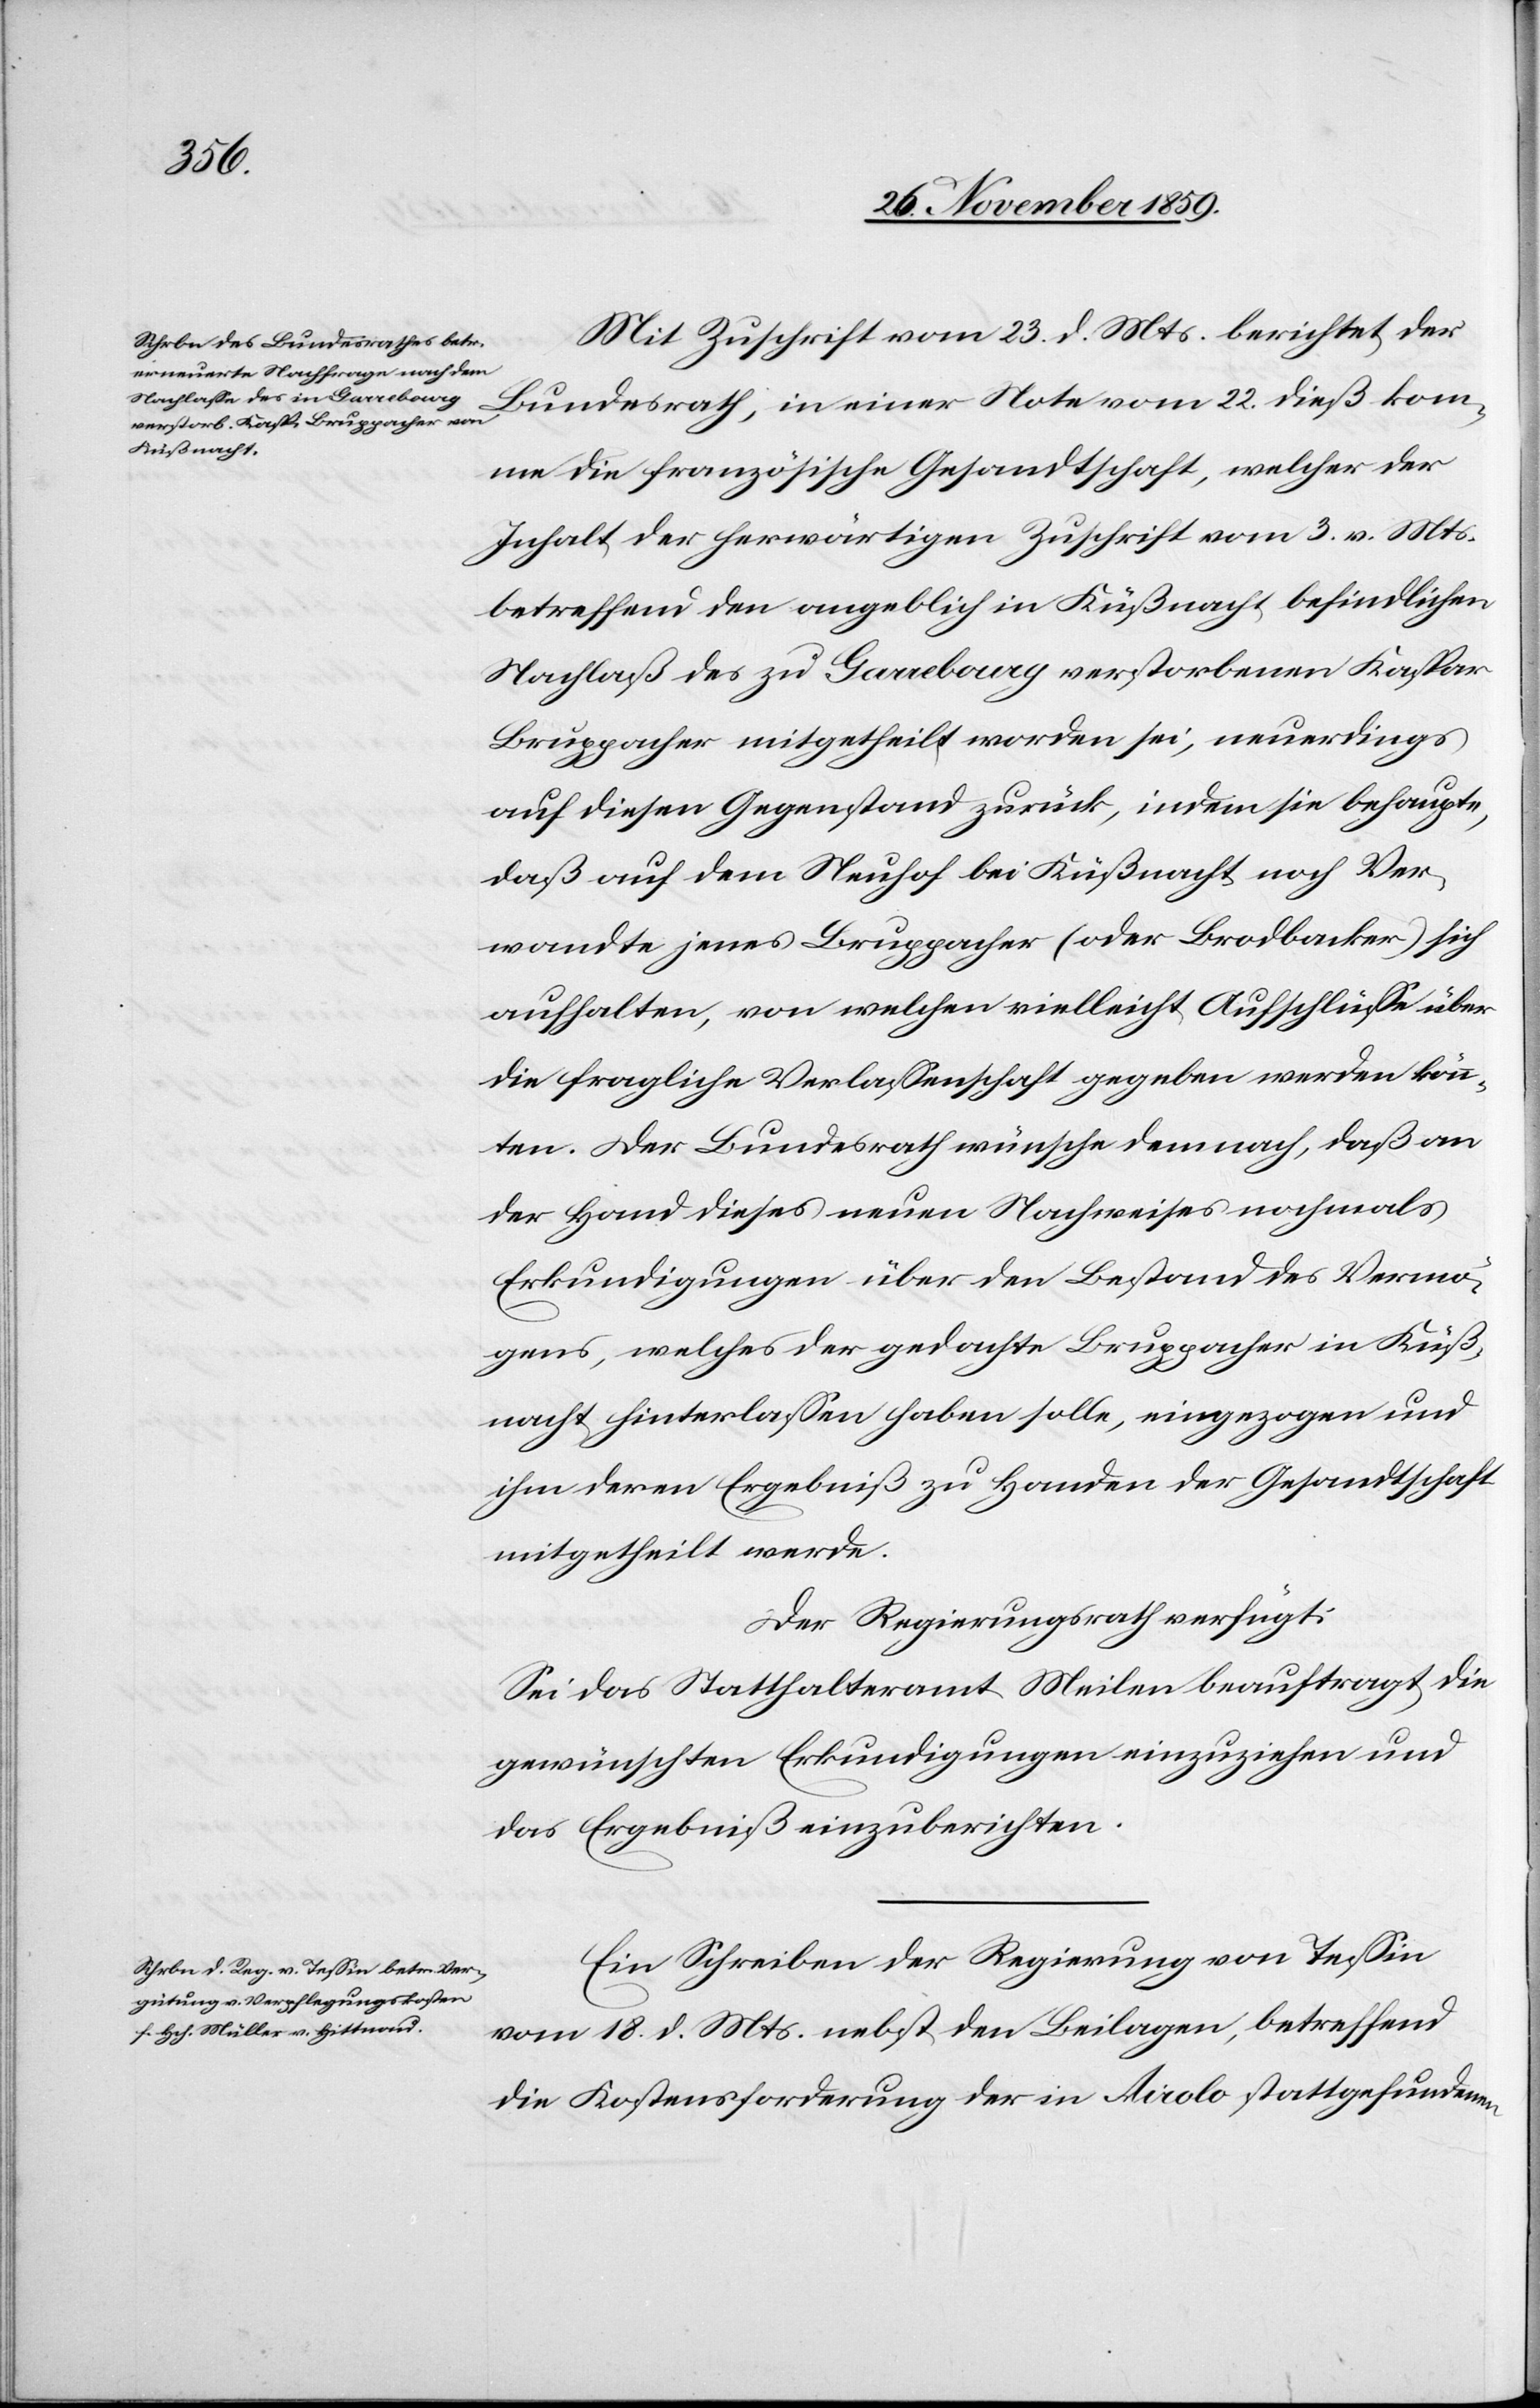
Mit Zuschrift vom 23. d. Mts. berichtet der
Bundesrath, in einer Note vom 22. dieß kom¬
me die französische Gesandtschaft, welcher der
Inhalt der herwärtigen Zuschrift vom 3. v. Mts.
betreffend den angeblich in Küßnacht befindlichen
Nachlaß des zu Garrebourg verstorbenen Kaspar
Bruppacher mitgetheilt worden sei, neuerdings
auf diesen Gegenstand zurück, indem sie behaupte,
daß auf dem Neuhof bei Küßnacht noch Ver¬
wandte jenes Bruppacher (oder Brodbacker) sich
aufhalten, von welchen vielleicht Aufschlüsse über
die fragliche Verlassenschaft gegeben werden könn¬
ten. Der Bundesrath wünsche demnach, daß an
der Hand dieses neuen Nachweises nochmals
Erkundigungen über den Bestand des Vermö¬
gens, welches der gedachte Bruppacher in Küß¬
nacht hinterlassen haben solle, eingezogen und
ihm deren Ergebniß zu Handen der Gesandtschaft
mitgetheilt werde.
Der Regierungsrath verfügt:
Sei das Statthalteramt Meilen beauftragt, die
gewünschten Erkundigungen einzuziehen und
das Ergebniß einzuberichten.
Ein Schreiben der Regierung von Tessin
vom 18. d. Mts. nebst den Beilagen, betreffend
die Kostensforderung der in Airolo stattgefundenen